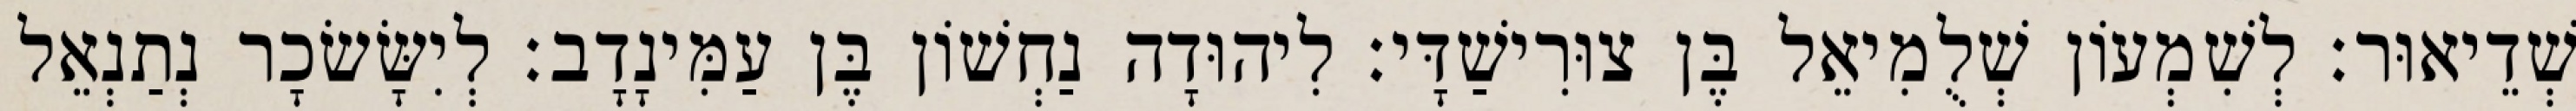
שְׁדֵיאוּר׃ לְשִׁמְעוֹן שְׁלֻמִיאֵל בֶּן צוּרִישַׁדָּי׃ לִיהוּדָה נַחְשׁוֹן בֶּן עַמִּינָדָב׃ לְיִשָּׂשׂכָר נְתַנְאֵל